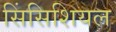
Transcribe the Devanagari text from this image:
सिंसिशियल